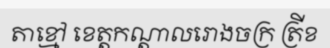
តាខ្មៅ ខេត្តកណ្តាលរោងចក្រ ត្រីខ